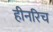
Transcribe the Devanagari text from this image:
हीनरिच